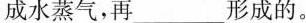
形成水蒸气，再______形成的。